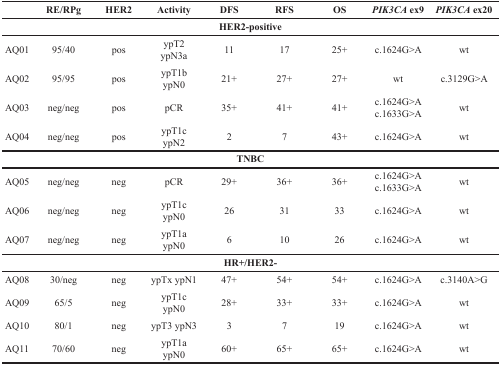
<table><thead><tr><td></td><td><b>RE/RPg</b></td><td><b>HER2</b></td><td><b>Activity</b></td><td><b>DFS</b></td><td><b>RFS</b></td><td><b>OS</b></td><td><b><i>PIK3CA</i> ex9</b></td><td><b><i>PIK3CA</i> ex20</b></td></tr></thead><tbody><tr><td colspan="9"><b>HER2-positive</b></td></tr><tr><td>AQ01</td><td>95/40</td><td>pos</td><td>ypT2ypN3a</td><td>11</td><td>17</td><td>25+</td><td>c.1624G&gt;A</td><td>wt</td></tr><tr><td>AQ02</td><td>95/95</td><td>pos</td><td>ypT1bypN0</td><td>21+</td><td>27+</td><td>27+</td><td>wt</td><td>c.3129G&gt;A</td></tr><tr><td>AQ03</td><td>neg/neg</td><td>pos</td><td>pCR</td><td>35+</td><td>41+</td><td>41+</td><td>c.1624G&gt;Ac.1633G&gt;A</td><td>wt</td></tr><tr><td>AQ04</td><td>neg/neg</td><td>pos</td><td>ypT1cypN2</td><td>2</td><td>7</td><td>43+</td><td>c.1624G&gt;A</td><td>wt</td></tr><tr><td colspan="9"><b>TNBC</b></td></tr><tr><td>AQ05</td><td>neg/neg</td><td>neg</td><td>pCR</td><td>29+</td><td>36+</td><td>36+</td><td>c.1624G&gt;Ac.1633G&gt;A</td><td>wt</td></tr><tr><td>AQ06</td><td>neg/neg</td><td>neg</td><td>ypT1cypN0</td><td>26</td><td>31</td><td>33</td><td>c.1624G&gt;A</td><td>wt</td></tr><tr><td>AQ07</td><td>neg/neg</td><td>neg</td><td>ypT1aypN0</td><td>6</td><td>10</td><td>26</td><td>c.1624G&gt;A</td><td>wt</td></tr><tr><td colspan="9"><b>HR+/HER2-</b></td></tr><tr><td>AQ08</td><td>30/neg</td><td>neg</td><td>ypTx ypN1</td><td>47+</td><td>54+</td><td>54+</td><td>c.1624G&gt;A</td><td>c.3140A&gt;G</td></tr><tr><td>AQ09</td><td>65/5</td><td>neg</td><td>ypT1cypN0</td><td>28+</td><td>33+</td><td>33+</td><td>c.1624G&gt;A</td><td>wt</td></tr><tr><td>AQ10</td><td>80/1</td><td>neg</td><td>ypT3 ypN3</td><td>3</td><td>7</td><td>19</td><td>c.1624G&gt;A</td><td>wt</td></tr><tr><td>AQ11</td><td>70/60</td><td>neg</td><td>ypT1aypN0</td><td>60+</td><td>65+</td><td>65+</td><td>c.1624G&gt;A</td><td>wt</td></tr></tbody></table>